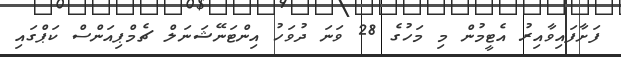
ފަށާފައިވާއިރު އެޓީމުން މި މަހުގެ 28 ވަނަ ދުވަހު އިންޓަނޭޝަނަލް ޗެމްޕިއަންސް ކަޕްގައި